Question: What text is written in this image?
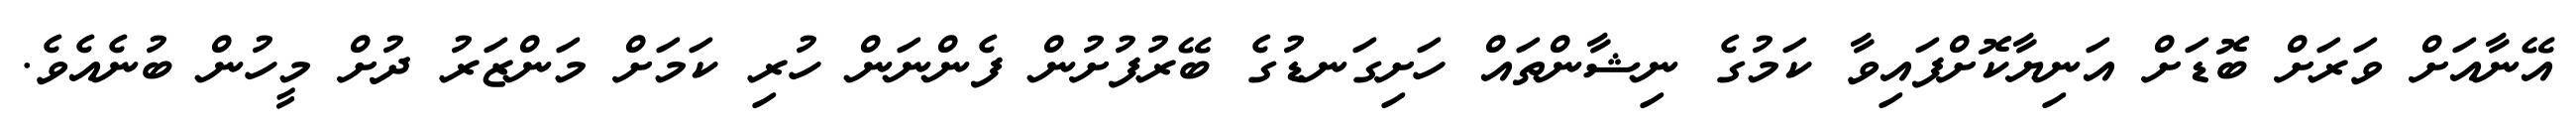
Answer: އޭނާއަށް ވަރަށް ބޮޑަށް އަނިޔާކޮށްފައިވާ ކަމުގެ ނިޝާންތައް ހަށިގަނޑުގެ ބޭރުފުށުން ފެންނަން ހުރި ކަމަށް މަންޒަރު ދުށް މީހުން ބުނެއެވެ.